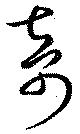
奇